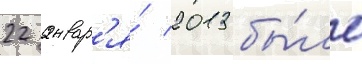
22 январ'я́ 2013 бы́ло